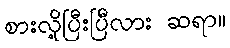
စားလို့ပြီးပြီလား ဆရာ။